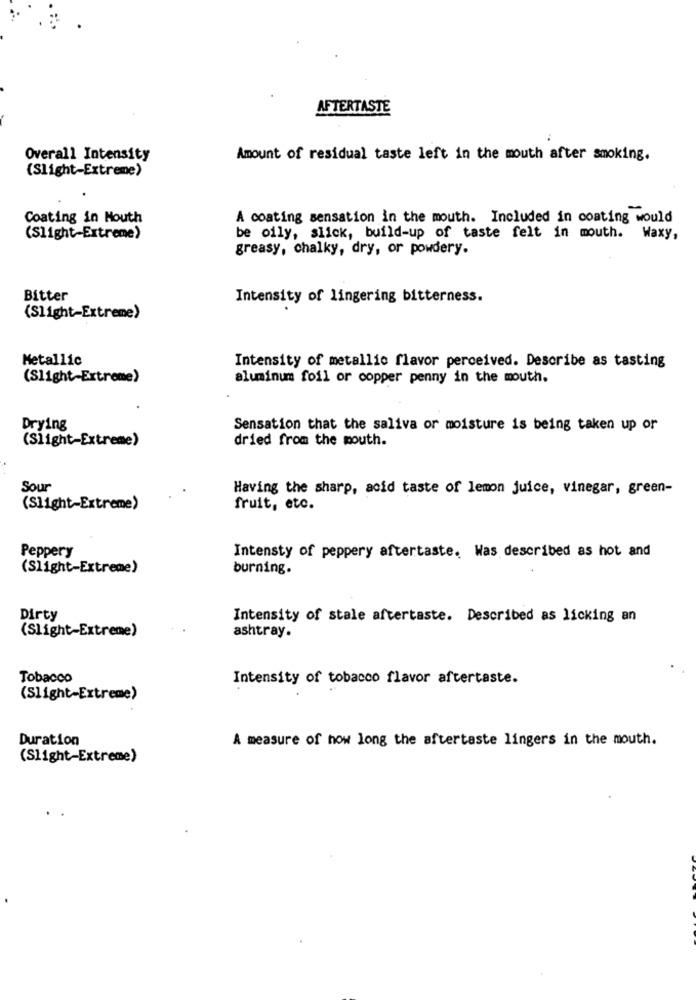
AFTERTASTE
Overall Intensity
Amount of residual taste left in the mouth after smoking.
(Slight-Extreme)
Coating in Mouth
A coating sensation in the mouth. Included in coating would
(Slight-Extreme)
be oily, slick, build-up of taste felt in mouth. Waxy,
greasy, chalky, dry, or powdery.
Bitter
Intensity of lingering bitterness.
(Slight-Extreme)
Metallic
Intensity of metallic flavor perceived. Describe as tasting
(Slight-Extreme)
aluminum foil or copper penny in the mouth.
Drying
Sensation that the saliva or moisture is being taken up or
(Slight-Extreme)
dried from the mouth.
Sour
Having the sharp, acid taste of lemon juice, vinegar, green-
(Slight-Extreme)
fruit, etc.
Peppery
Intensty of peppery aftertaste. Was described as hot and
(Slight-Extreme)
burning.
Dirty
Intensity of stale aftertaste. Described as licking an
(Slight-Extreme)
ashtray.
Tobacco
Intensity of tobacco flavor aftertaste.
(Slight-Extreme)
Duration
A measure of how long the aftertaste lingers in the mouth.
(Slight-Extreme)